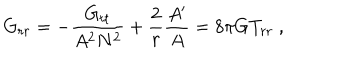
G _ { r r } = - \frac { G _ { t t } } { A ^ { 2 } N ^ { 2 } } + \frac { 2 } { r } \frac { A ^ { \prime } } { A } = 8 \pi G T _ { r r } \ ,